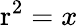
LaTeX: \mathrm{r}^{2}=x\,